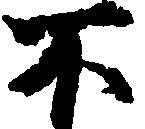
不